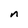
Character: n